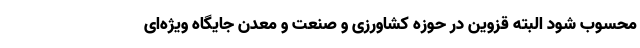
محسوب شود البته قزوین در حوزه کشاورزی و صنعت و معدن جایگاه ویژه‌ای